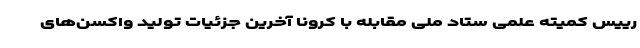
رییس کمیته علمی ستاد ملی مقابله با کرونا آخرین جزئیات تولید واکسن‌های